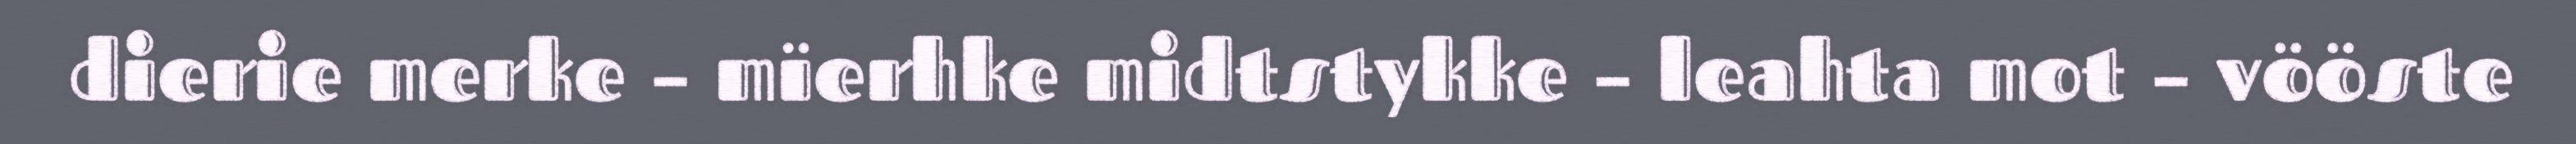
dierie merke – mïerhke midtstykke – leahta mot – vööste